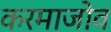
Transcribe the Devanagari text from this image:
करमाजोव